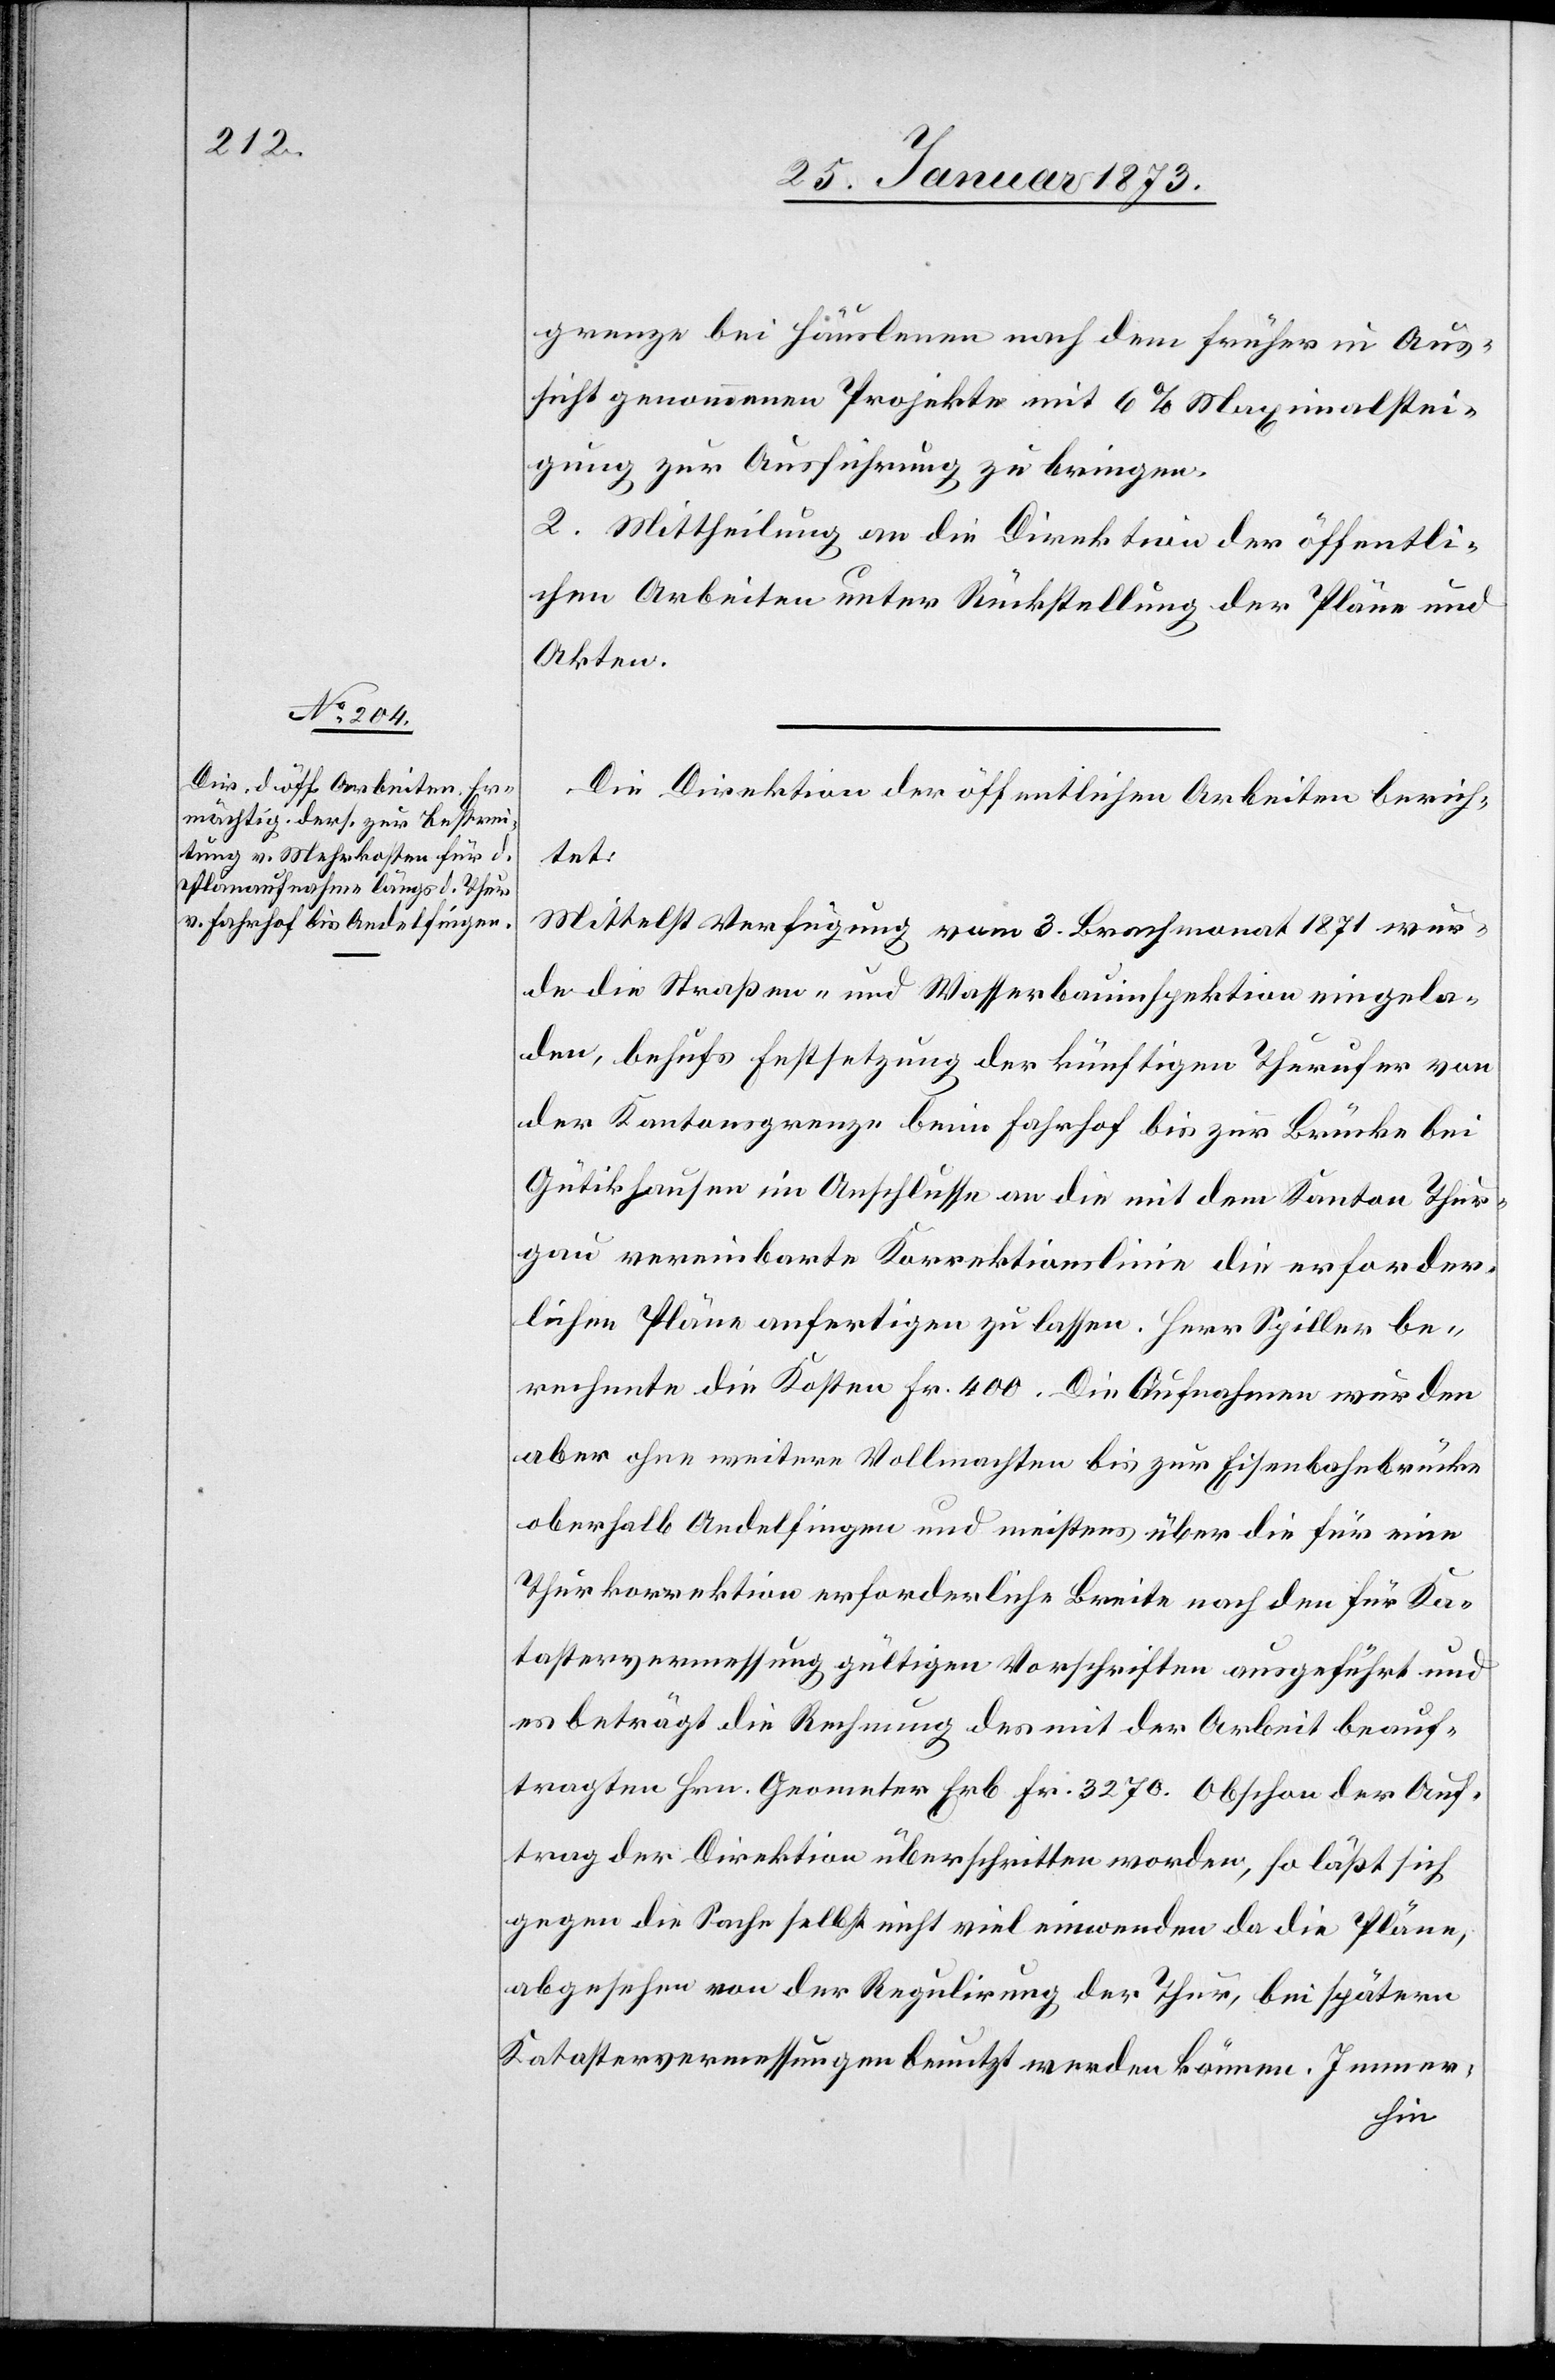
grenze bei Häuslenen nach dem früher in Aus¬
sicht genommenen Projekte mit 6% Maximalstei¬
gung zur Ausführung zu bringen.
2. Mittheilung an die Direktion der öffentli¬
chen Arbeiten unter Rückstellung der Pläne und
Akten.
Die Direktion der öffentlichen Arbeiten berich¬
tet:
Mittelst Verfügung vom 3. Brachmonat 1871 wur¬
de die Straßen- und Wasserbauinspektion eingela¬
den, behufs Festsetzung der künftigen Thurufer von
der Kantonsgrenze beim Fahrhof bis zur Brücke bei
Gütikhausen im Anschlusse an die mit dem Kanton Thur¬
gau vereinbarte Korrektionslinie die erforder¬
lichen Pläne anfertigen zu lassen. Herr Spiller be¬
rechnete die Kosten Fr. 400. Die Aufnahmen wurden
aber ohne weitere Vollmachten bis zur Eisenbahnbrücke
oberhalb Andelfingen und meistens über die für eine
Thurkorrektion erforderliche Breite nach den für Ka¬
tastervermessung gültigen Vorschriften ausgeführt und
es beträgt die Rechnung des mit der Arbeit beauf¬
tragten Hrn. Geometer Erb Fr. 3270. Obschon der Auf¬
trag der Direktion überschritten worden, so läßt sich
gegen die Sache selbst nicht viel einwenden da die Pläne,
abgesehen von der Regulirung der Thur, bei spätern
Katastervermessungen benutzt werden können. Immer¬
hin